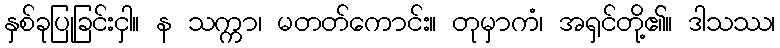
နှစ်ခုပြုခြင်းငှါ။ န သက္ကာ၊ မတတ်ကောင်း။ တုမှာကံ၊ အရှင်တို့၏။ ဒါသဿ၊